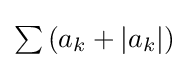
{\textstyle \sum \left(a_{k}+\left|a_{k}\right|\right)}